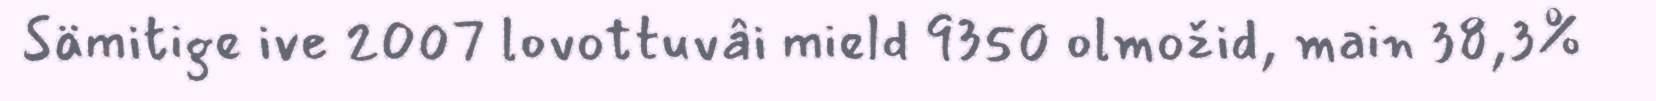
Sämitige ive 2007 lovottuvâi mield 9350 olmožid, main 38,3%